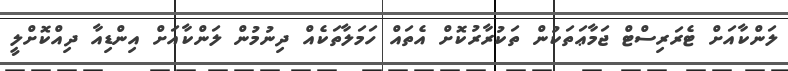
ލަންކާއަށް ޓެރަރިސްޓް ޖަމާޢަތަކުން ތަކުރާރުކޮށް އެތައް ހަމަލާތަކެއް ދިނުމުން ލަންކާއަށް އިންޑިއާ ދިއްކޮށްލީ